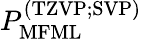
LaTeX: P_{\mathrm{MFML}}^{\mathrm{(TZVP;SVP)}}